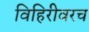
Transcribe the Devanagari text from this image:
विहिरीवरच